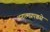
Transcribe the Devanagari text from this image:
अनात्मप्रपञ्चसे